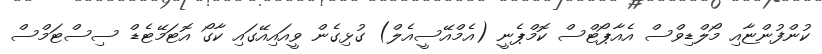
ކުންފުންޏާއި މޯލްޑިވްސް އެއާޕޯޓްސް ކޮމްޕެނީ (އެމްއޭސީއެލް) ގުޅިގެން ވީއައިއޭގައި ކާގޯ އޮޓަމޭޓެޑް ސިސްޓަމްސް